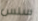
سلس